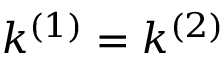
k ^ { ( 1 ) } = k ^ { ( 2 ) }